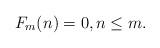
LaTeX: \begin{align*}F_m(n) = 0, n \leq m.\end{align*}